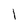
Character: 1